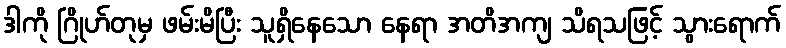
ဒါကို ဂြိုဟ်တုမှ ဖမ်းမိပြီး သူရှိနေသော နေရာ အတိအကျ သိရသဖြင့် သွားရောက်